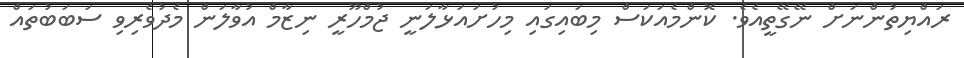
ރައްޔިތުންނަށް ނޭގޭތީއެވެ. ކޮންމެއަކަސް މިބައިގައި މިހުށައަޅާލަނީ ޖުމްހޫރީ ނިޒާމް އުވާލަން މެދުވެރިވި ސަބަބުތައް